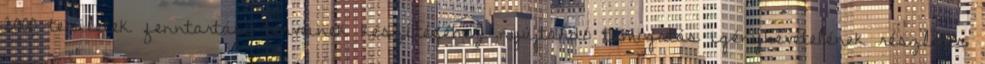
2000 területek fenntartási terveinek készítéséhez nyújtandó támogatás igénybevételének részletes